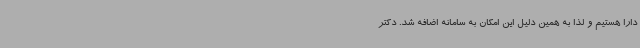
دارا هستیم و لذا به همین دلیل این امکان به سامانه اضافه شد. دکتر